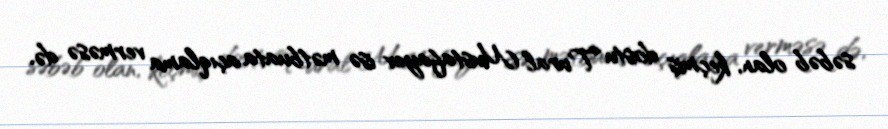
səbəb olan, keçmiş dostu Tural Mustafayev isə mətbuata açıqlama verməsə də,